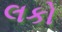
લકો